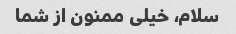
سلام، خیلی ممنون از شما